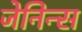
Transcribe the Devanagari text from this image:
जेनिन्स